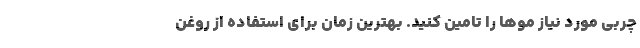
چربی مورد نیاز موها را تامین کنید. بهترین زمان برای استفاده از روغن